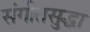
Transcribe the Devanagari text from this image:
संगीतसुद्धा